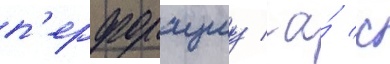
п'ерфорациу / а́ с